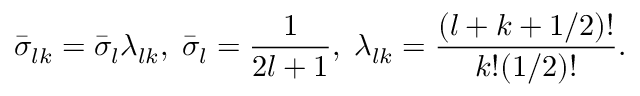
\bar { \sigma } _ { l k } = \bar { \sigma } _ { l } \lambda _ { l k } , \; \bar { \sigma } _ { l } = \frac { 1 } { 2 l + 1 } , \; \lambda _ { l k } = \frac { ( l + k + 1 / 2 ) ! } { k ! ( 1 / 2 ) ! } .